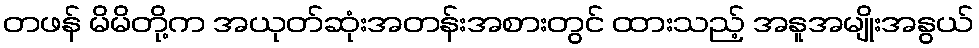
တဖန် မိမိတို့က အယုတ်ဆုံးအတန်းအစားတွင် ထားသည့် အနူအမျိုးအနွယ်